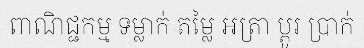
ពាណិជ្ជកម្ម ទម្លាក់ តម្លៃ អត្រា ប្តូរ ប្រាក់